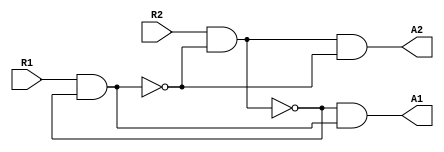
`timescale 1ns / 1ps
//////////////////////////////////////////////////////////////////////////////////
// Company: 
// Engineer: 
// 
// Design Name: 
// Module Name: Arbiter_2_Mutex
// Project Name: 
// Target Devices: 
// Tool Versions: 
// Description: 
// 
// Dependencies: 
// 
// Revision:
// Revision 0.01 - File Created
// Additional Comments:
// 
//////////////////////////////////////////////////////////////////////////////////


module Mutex(
    input wire R2,
    input wire R1,
    output wire A2,
    output wire A1
    );
    
    wire Q1, Q0;
    wire Qp1, Qp0;
    
    assign Q1 = ~(R2 & Q0);
    assign Q0 = ~(R1 & Q1);

    assign A2 = (~Q1) & (Q0);
    assign A1 = (Q1) & (~Q0);
    
endmodule